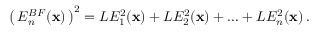
\bigl ( \, E _ { n } ^ { B F } ( { \bf x } ) \, \bigr ) ^ { 2 } = L E _ { 1 } ^ { 2 } ( { \bf x } ) + L E _ { 2 } ^ { 2 } ( { \bf x } ) + \ldots + L E _ { n } ^ { 2 } ( { \bf x } ) \, .